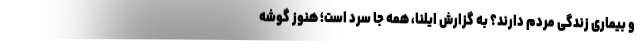
و بیماریِ زندگی مردم دارند؟ به گزارش ایلنا، همه جا سرد است؛ هنوز گوشه